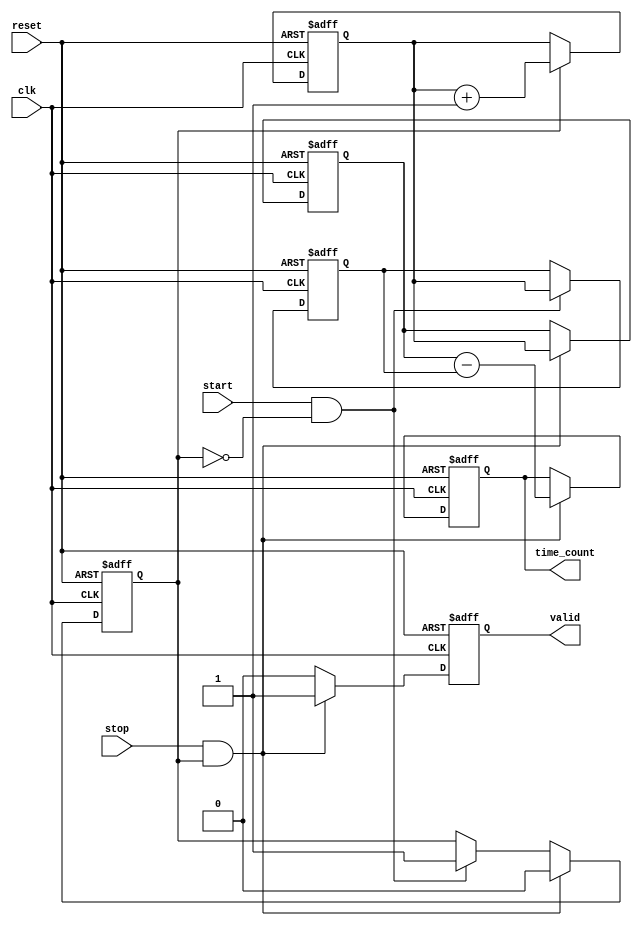
module TDC (
    input wire clk,          // Clock signal
    input wire start,        // Start signal
    input wire stop,         // Stop signal
    input wire reset,        // Reset signal
    output reg [N-1:0] time_count, // Time count output
    output reg valid         // Valid output signal
);
    parameter N = 32;       // Width of time_count

    reg [N-1:0] start_timestamp; // Store start timestamp
    reg [N-1:0] stop_timestamp;  // Store stop timestamp
    reg [N-1:0] counter;          // Time counter
    reg counting;                 // Counting state

    // Edge detection and counting logic
    always @(posedge clk or posedge reset) begin
        if (reset) begin
            // Reset all registers and signals
            counter <= 0;
            start_timestamp <= 0;
            stop_timestamp <= 0;
            time_count <= 0;
            valid <= 0;
            counting <= 0;
        end else begin
            // Increment counter if counting is enabled
            if (counting) begin
                counter <= counter + 1;
            end
            
            // Start event detection
            if (start && !counting) begin
                start_timestamp <= counter;
                counting <= 1; // Start counting
            end
            
            // Stop event detection
            if (stop && counting) begin
                stop_timestamp <= counter;
                counting <= 0; // Stop counting
                // Calculate the time interval
                time_count <= stop_timestamp - start_timestamp; // Time difference
                valid <= 1; // Indicate that the time count is valid
            end else begin
                valid <= 0; // Invalid until the next valid event
            end
        end
    end
endmodule